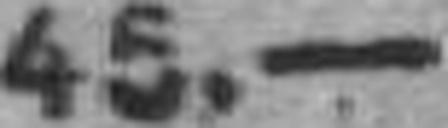
45.—